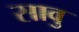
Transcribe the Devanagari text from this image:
सावु